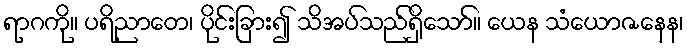
ရာဂကို။ ပရိညာတေ၊ ပိုင်းခြား၍ သိအပ်သည်ရှိသော်။ ယေန သံယောဇနေန၊